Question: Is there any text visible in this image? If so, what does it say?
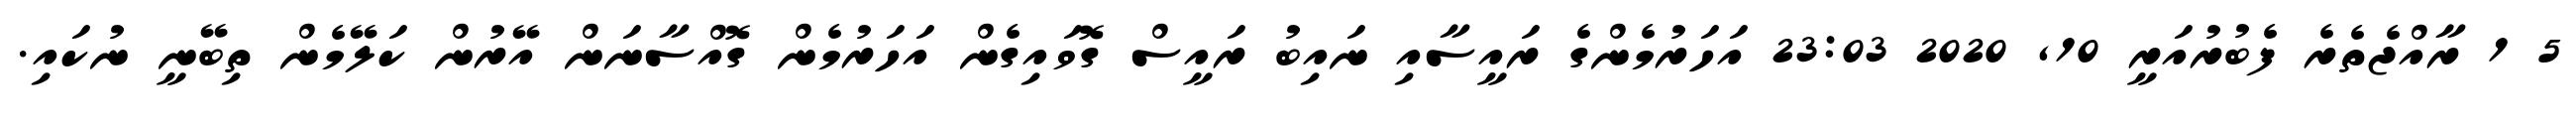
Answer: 5 1 ރާއްޖެތެރެ ފެބުރުއަރީ 10, 2020 23:03 އަހަރުމެންގެ ރައީސާއި ނައިބު ރައީސް ގޮވައިގެން އަހަރުމެން ގޮއްސާނަން އޭރުން ކަލޭމެން ތިބޭނީ ނުކައި.